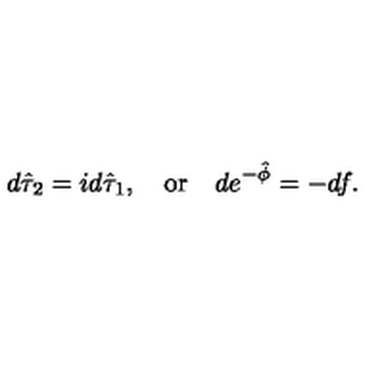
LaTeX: d \hat { \tau } _ { 2 } = i d \hat { \tau } _ { 1 } , \quad \mathrm { o r } \quad d e ^ { - \hat { \phi } } = - d f .